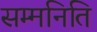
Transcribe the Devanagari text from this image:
सम्मनिति